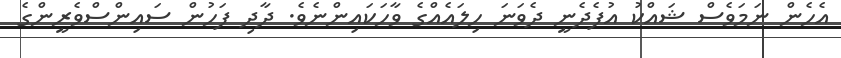
އެހެން ނަމަވެސް ޝައްކު އުފެދެނީ ދެވަނަ ހިލައެއްގެ ވާހަކައިންނެވެ. ދާދި ފަހުން ސައިންސްވެރީންގެ